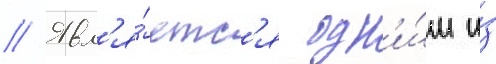
// Явл'я́етс'я одн'и́м и́з